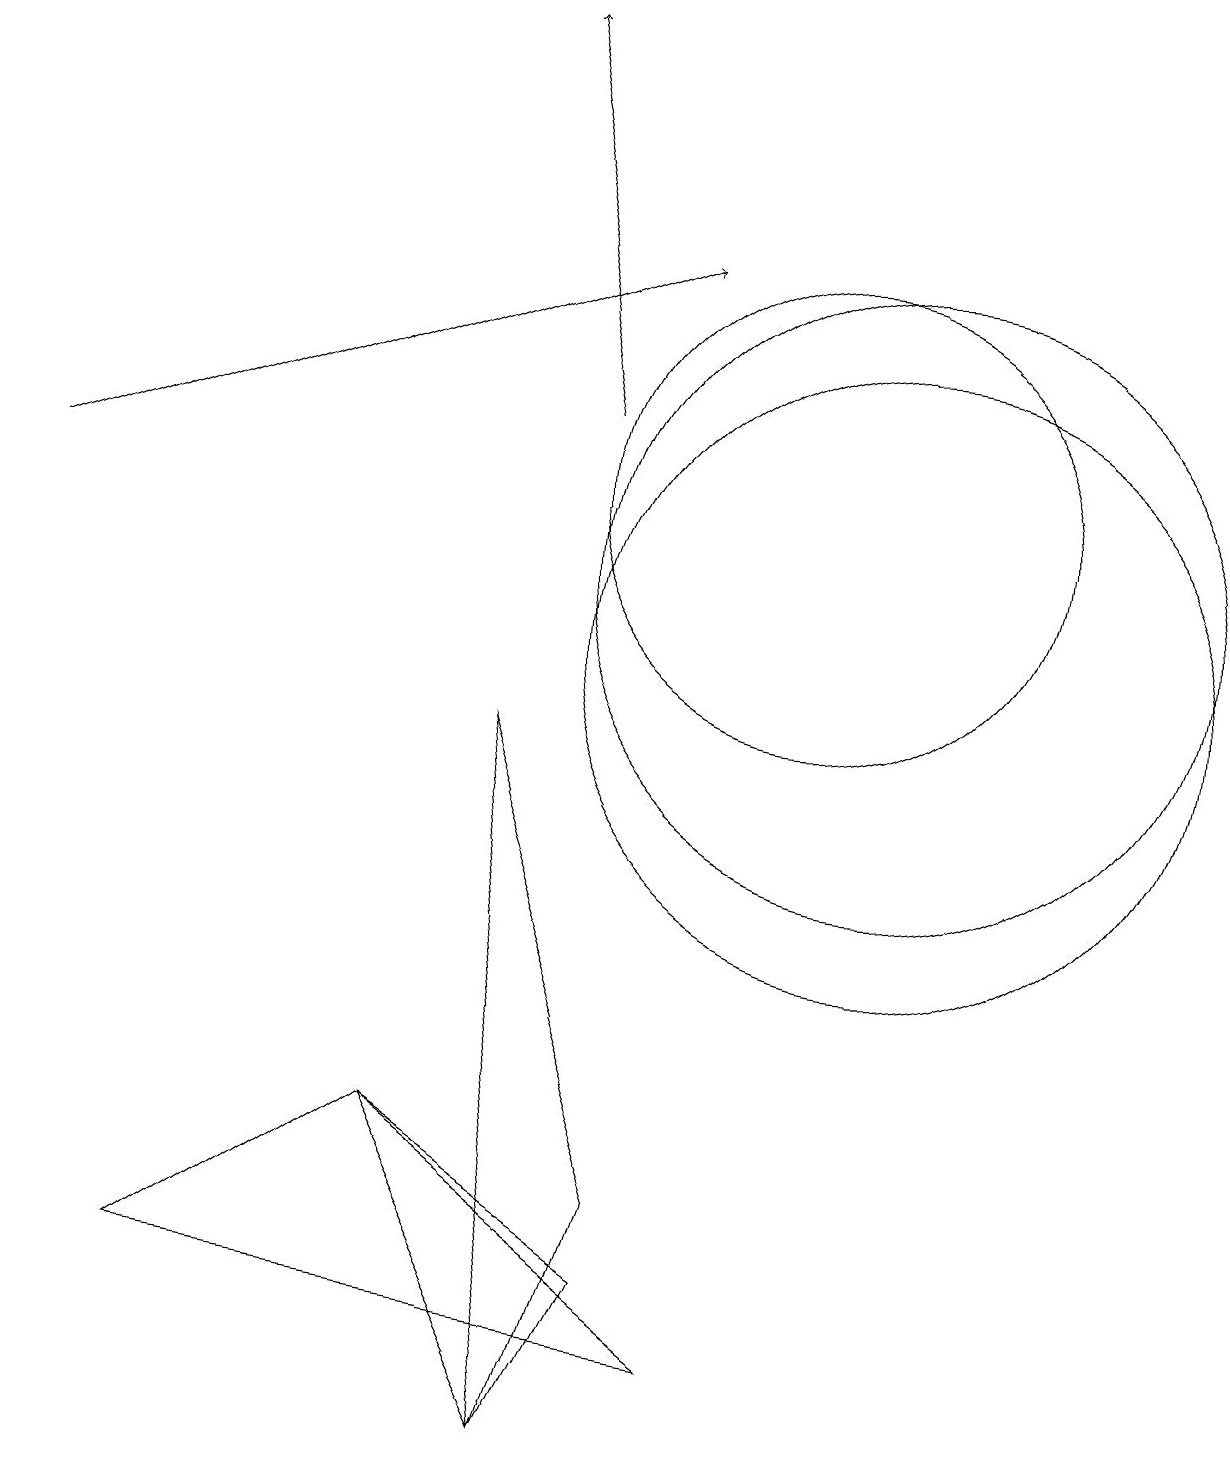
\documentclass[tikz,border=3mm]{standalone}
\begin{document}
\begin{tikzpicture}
\draw[->] (7,13) -- (6,18);
\draw (9,1) -- (2,2) -- (5,4) -- cycle;
\draw[->] (0,12) -- (8,15);
\draw (7,0) -- (5,4) -- (8,2) -- cycle;
\draw (8,3) -- (6,9) -- (7,0) -- cycle;
\draw (11,10) circle (4);
\draw (10,12) circle (3);
\draw (11,11) circle (4);
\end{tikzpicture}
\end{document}